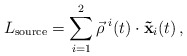
\begin{align*}L_{{\rm source}} = \sum_{i=1}^2 \vec\rho^{\,\,i}(t) \cdot {\bf\vec x}_i(t) \,,\end{align*}